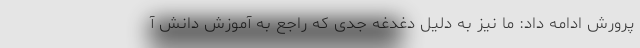
پرورش ادامه داد: ما نیز به دلیل دغدغه جدی که راجع به آموزش دانش آ